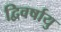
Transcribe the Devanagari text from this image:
द्विवर्षायु